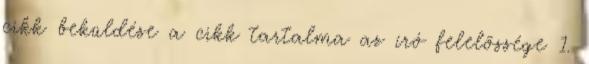
cikk beküldése a cikk tartalma az író felelõssége 1.